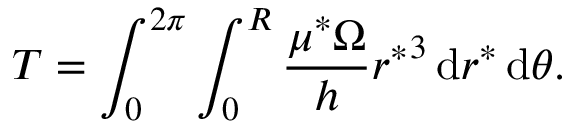
T = \int _ { 0 } ^ { 2 \pi } \int _ { 0 } ^ { R } \frac { \mu ^ { * } \Omega } { h } { r ^ { * } } ^ { 3 } \, \mathrm { d } r ^ { * } \, \mathrm { d } \theta .